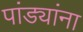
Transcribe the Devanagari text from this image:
पांड्यांना